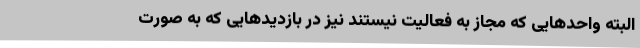
البته واحدهایی که مجاز به فعالیت نیستند نیز در بازدیدهایی که به صورت